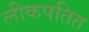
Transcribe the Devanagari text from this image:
लीकपतित